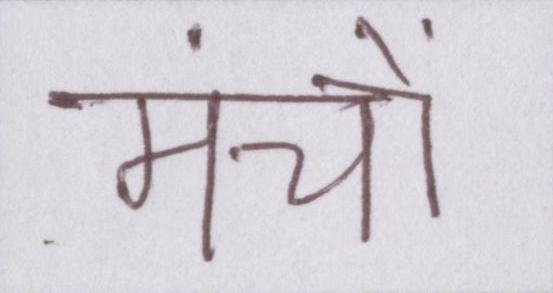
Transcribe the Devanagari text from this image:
मंचों